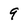
Character: 9